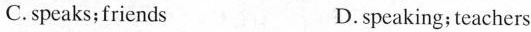
C.speaks;friends D.speaking; teachers